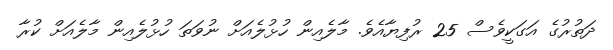
ދަތުރުގެ އަގަކީވެސް 25 ރުފިޔާއެވެ. މާލެއިން ހުޅުލެއަށް ނުވަތަ ހުޅުލެއިން މާލެއަށް ކުރާ